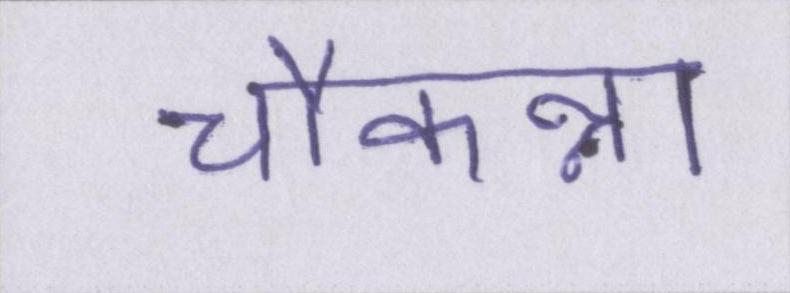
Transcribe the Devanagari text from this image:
चौकन्ना